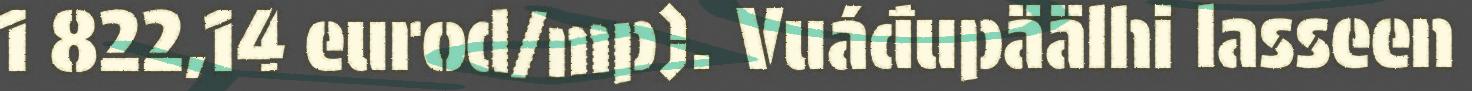
1 822,14 eurod/mp). Vuáđupäälhi lasseen